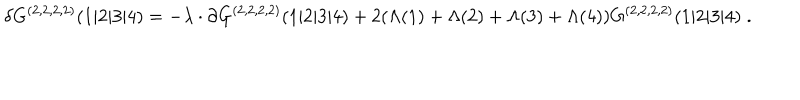
LaTeX: \delta G ^ { ( 2 , 2 , 2 , 2 ) } ( 1 \vert 2 \vert 3 \vert 4 ) = - \lambda \cdot \partial G ^ { ( 2 , 2 , 2 , 2 ) } ( 1 \vert 2 \vert 3 \vert 4 ) + 2 ( \Lambda ( 1 ) + \Lambda ( 2 ) + \Lambda ( 3 ) + \Lambda ( 4 ) ) G ^ { ( 2 , 2 , 2 , 2 ) } ( 1 \vert 2 \vert 3 \vert 4 ) \; .